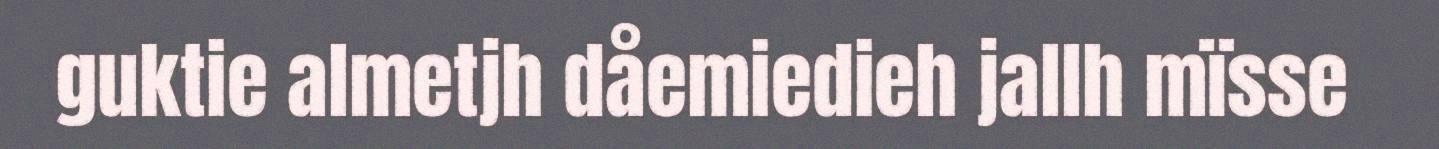
guktie almetjh dåemiedieh jallh mïsse